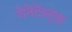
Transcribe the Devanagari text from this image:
गेनेटेस्ट्स